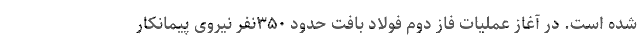
شده است. در آغاز عملیات فاز دوم فولاد بافت حدود ۳۵۰‌نفر نیروی پیمانکار